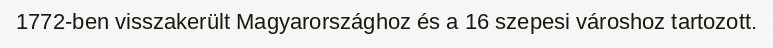
1772-ben visszakerült Magyarországhoz és a 16 szepesi városhoz tartozott.